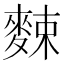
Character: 𪌶